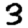
Digit: 3